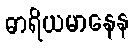
ဓာရိယမာနေန